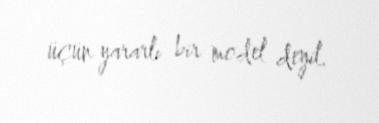
üçün yararlı bir model deyil.